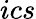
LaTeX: ics